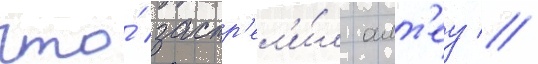
что́ застр'ел'и́л алт'еу //